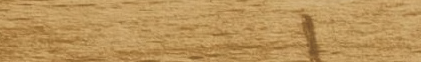
مطعم بيرياما: مأكولات عال